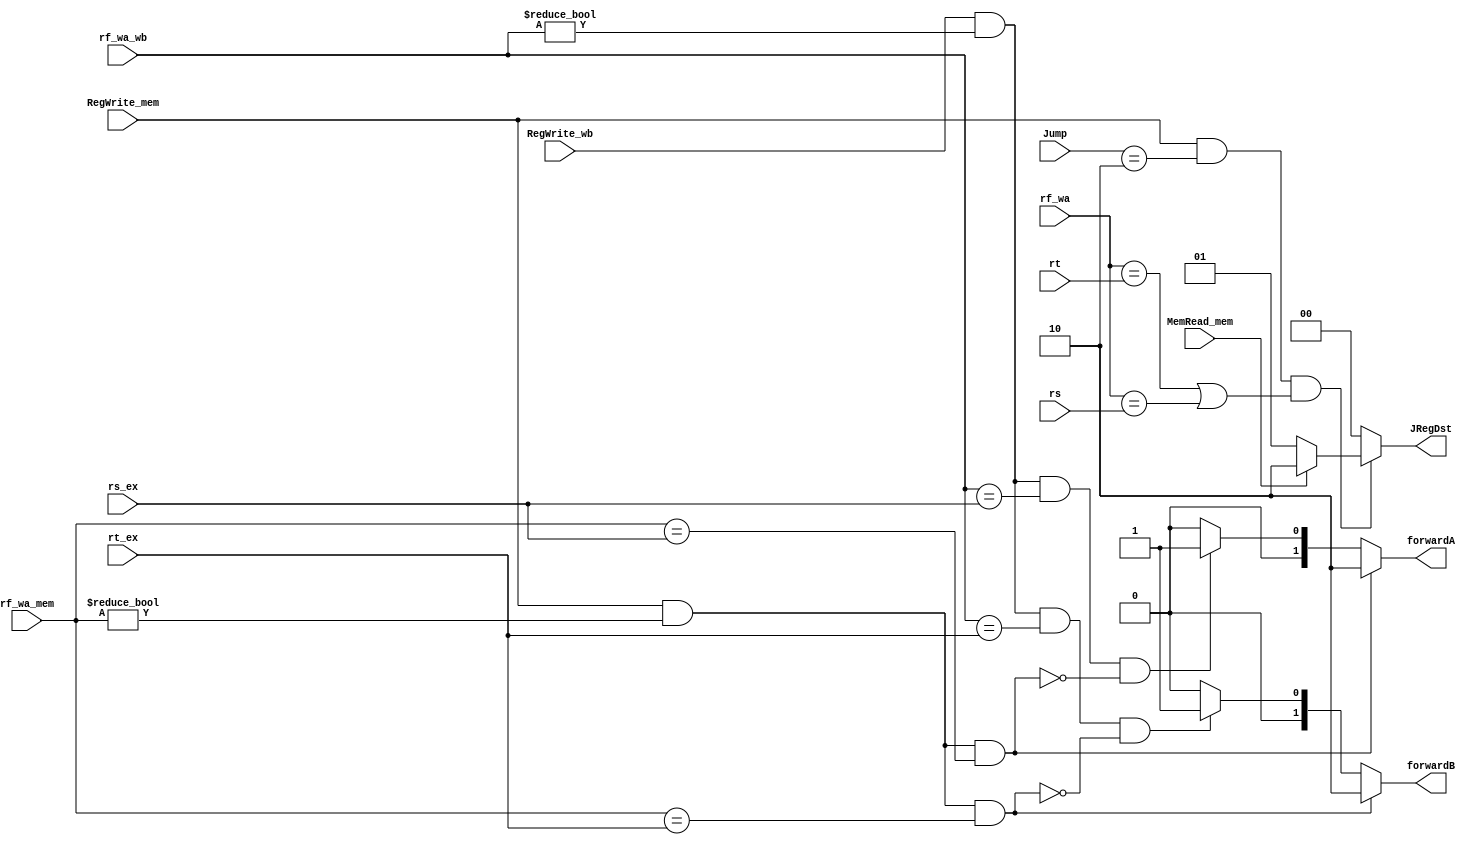
module forwarding(
  input [4:0] rs,
  input [4:0] rt,
  input [4:0] rs_ex,
  input [4:0] rt_ex,
  input [31:0] rf_wa,
  input [31:0] rf_wa_mem,
  input [31:0] rf_wa_wb,
  input [1:0] Jump,
  input MemRead_mem,
  input RegWrite_mem,
  input RegWrite_wb,
  
  output reg[1:0] forwardA,
  output reg[1:0] forwardB,
  output reg[1:0] JRegDst
  );

  always@(*)
  begin
    /*EX hazard A*/
    if((RegWrite_mem && rf_wa_mem != 0) && (rf_wa_mem == rs_ex))
      forwardA = 2'b10;
    /*MEM hazard A*/
    else if((RegWrite_wb && rf_wa_wb != 0) && (rf_wa_wb == rs_ex)
            && !((RegWrite_mem && rf_wa_mem != 0) && (rf_wa_mem == rs_ex))) 
      forwardA = 2'b01;
    else
      forwardA = 2'b00;
      
    /*EX hazard B*/
    if((RegWrite_mem && rf_wa_mem != 0) && (rf_wa_mem == rt_ex))
      forwardB = 2'b10;
    /*MEM hazard B*/
    else if((RegWrite_wb && rf_wa_wb != 0) && (rf_wa_wb == rt_ex)
            && !((RegWrite_mem && rf_wa_mem != 0) && (rf_wa_mem == rt_ex))) 
      forwardB = 2'b01;
    else
      forwardB = 2'b00;
      
    /*JR or JALR hazard*/
    if(RegWrite_mem && Jump == 2'b10 && (rf_wa == rt || rf_wa == rs)) 
    begin
      if(MemRead_mem)  // load + jr/jalr
        JRegDst = 2'b10;
      else             //alu + jr/jalr
        JRegDst = 2'b01;
    end
    else
      JRegDst = 2'b00;
  end
  
endmodule